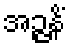
အဉ္ဇနိံ